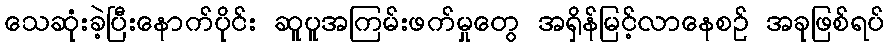
သေဆုံးခဲ့ပြီးနောက်ပိုင်း ဆူပူအကြမ်းဖက်မှုတွေ အရှိန်မြင့်လာနေစဉ် အခုဖြစ်ရပ်